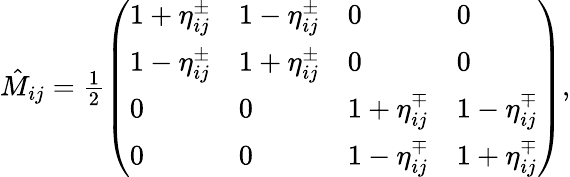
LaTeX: \begin{array}{r}{\hat{M}_{ij}=\frac{1}{2}\left(\begin{array}{llll}{1+\eta_{ij}^{\pm}}&{1-\eta_{ij}^{\pm}}&{0}&{0}\\ {1-\eta_{ij}^{\pm}}&{1+\eta_{ij}^{\pm}}&{0}&{0}\\ {0}&{0}&{1+\eta_{ij}^{\mp}}&{1-\eta_{ij}^{\mp}}\\ {0}&{0}&{1-\eta_{ij}^{\mp}}&{1+\eta_{ij}^{\mp}}\end{array}\right),}\end{array}